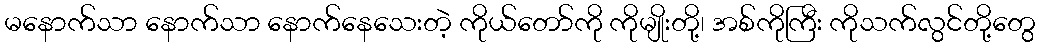
မနောက်သာ နောက်သာ နောက်နေသေးတဲ့ ကိုယ်တော်ကို ကိုမျိုးတို့၊ အစ်ကိုကြီး ကိုသက်လွင်တို့တွေ